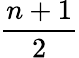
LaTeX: \frac{n+1}{2}